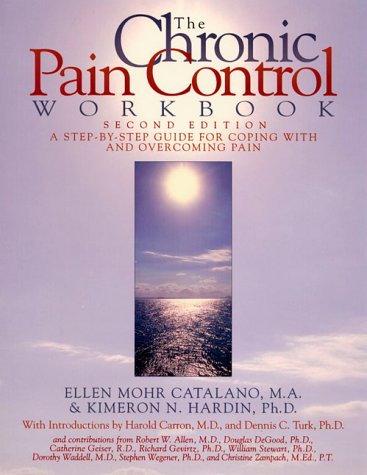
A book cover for The Chronic Pain Control Workbook: A Step-By-Step Guide for Coping with and Overcoming Pain (New Harbinger Workbooks); Ellen Mohr Catalano; Health, Fitness & Dieting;